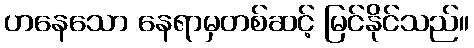
ဟနေသော နေရာမှတစ်ဆင့် မြင်နိုင်သည်။